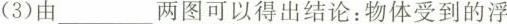
(3)由___两图可以得出结论：物体受到的浮